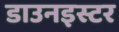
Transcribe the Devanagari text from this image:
डाउनइस्टर